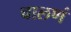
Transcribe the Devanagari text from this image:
चालणं